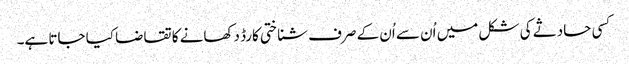
کسی حادثے کی شکل میں اُن سے اُن کے صرف شناختی کارڈ دکھانے کا تقاضا کیا جاتا ہے۔